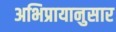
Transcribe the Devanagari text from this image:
अभिप्रायानुसार